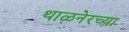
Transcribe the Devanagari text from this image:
थाळनेरच्या